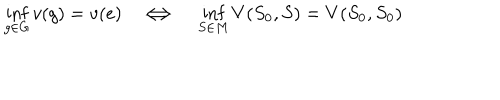
\inf _ { g \in G } v ( g ) = v ( e ) \Longleftrightarrow { } \inf _ { S \in M } V ( S _ { 0 } , S ) = V ( S _ { 0 } , S _ { 0 } )